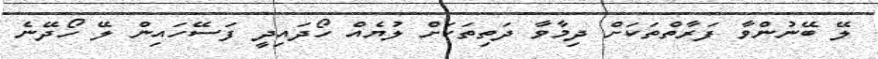
ލޭ ބޭނުންވާ ފަރާތްތަކަށް ދިމާވާ ދަތިތަކަށް ލުޔެއް ހޯދައިދީ ފަސޭހައިން ލޭ ހޯދޭނެ